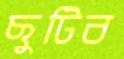
ছুটিব